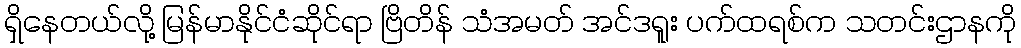
ရှိနေတယ်လို့ မြန်မာနိုင်ငံဆိုင်ရာ ဗြိတိန် သံအမတ် အင်ဒရူး ပက်ထရစ်က သတင်းဌာနကို